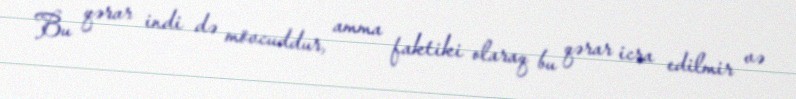
Bu qərar indi də mövcuddur, amma faktiki olaraq bu qərar icra edilmir və